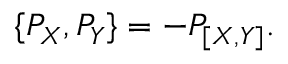
\{ P _ { X } , P _ { Y } \} = - P _ { [ X , Y ] } .